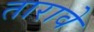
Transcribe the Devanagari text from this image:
तारावे